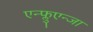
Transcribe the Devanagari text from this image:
एन्फ्लुएन्जा